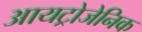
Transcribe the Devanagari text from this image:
आयट्रोजेनिक